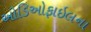
ઓડિઓફાઇલના